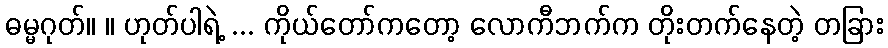
ဓမ္မဂုတ်။ ။ ဟုတ်ပါရဲ့ ... ကိုယ်တော်ကတော့ လောကီဘက်က တိုးတက်နေတဲ့ တခြား